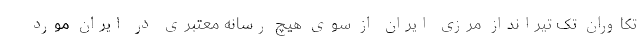
تکاوران تک تیرانداز مرزی ایران از سوی هیچ رسانه معتبری در ایران مورد